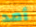
أمد